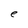
Character: e